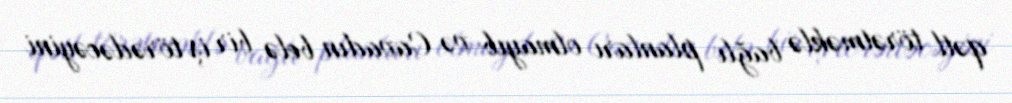
qətl törətməklə bağlı planları olmayıb və Cavadın belə bir iş törədəcəyini